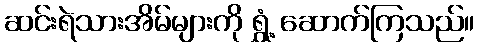
ဆင်းရဲသားအိမ်များကို ရွှံ့ ဆောက်ကြသည်။